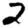
Digit: 2